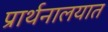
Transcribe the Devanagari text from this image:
प्रार्थनालयात